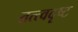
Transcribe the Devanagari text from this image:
तत्त्वदृष्ट